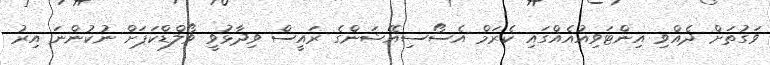
ވަގުތަށް ދެއްވި އިންޓަވިއުއެއްގައި ކެރަމް އެސޯސިއޭޝަންގެ ރައީސް ވިދާޅުވީ ވޯލްޑްކަޕަށް ނުކުންނަ އިރު